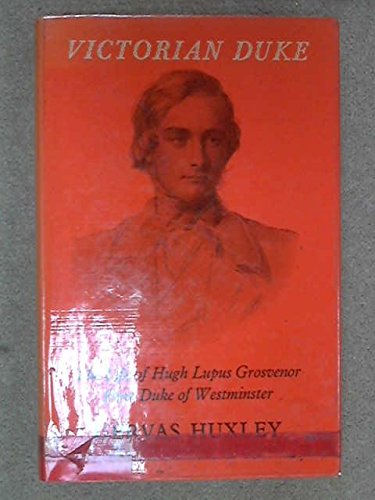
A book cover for Victorian duke: The life of Hugh Lupus Grosvenor,first Duke of Westminster; GERVAS HUXLEY; Health, Fitness & Dieting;